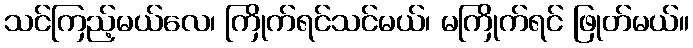
သင်ကြည့်မယ်လေ၊ ကြိုက်ရင်သင်မယ်၊ မကြိုက်ရင် ဖြုတ်မယ်။